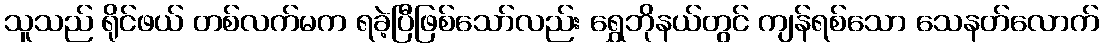
သူသည် ရိုင်ဖယ် တစ်လက်မက ရခဲ့ပြီဖြစ်သော်လည်း ရွှေဘိုနယ်တွင် ကျန်ရစ်သော သေနတ်လောက်